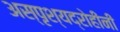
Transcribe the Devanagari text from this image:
अस्पृश्यद्रोहींनी